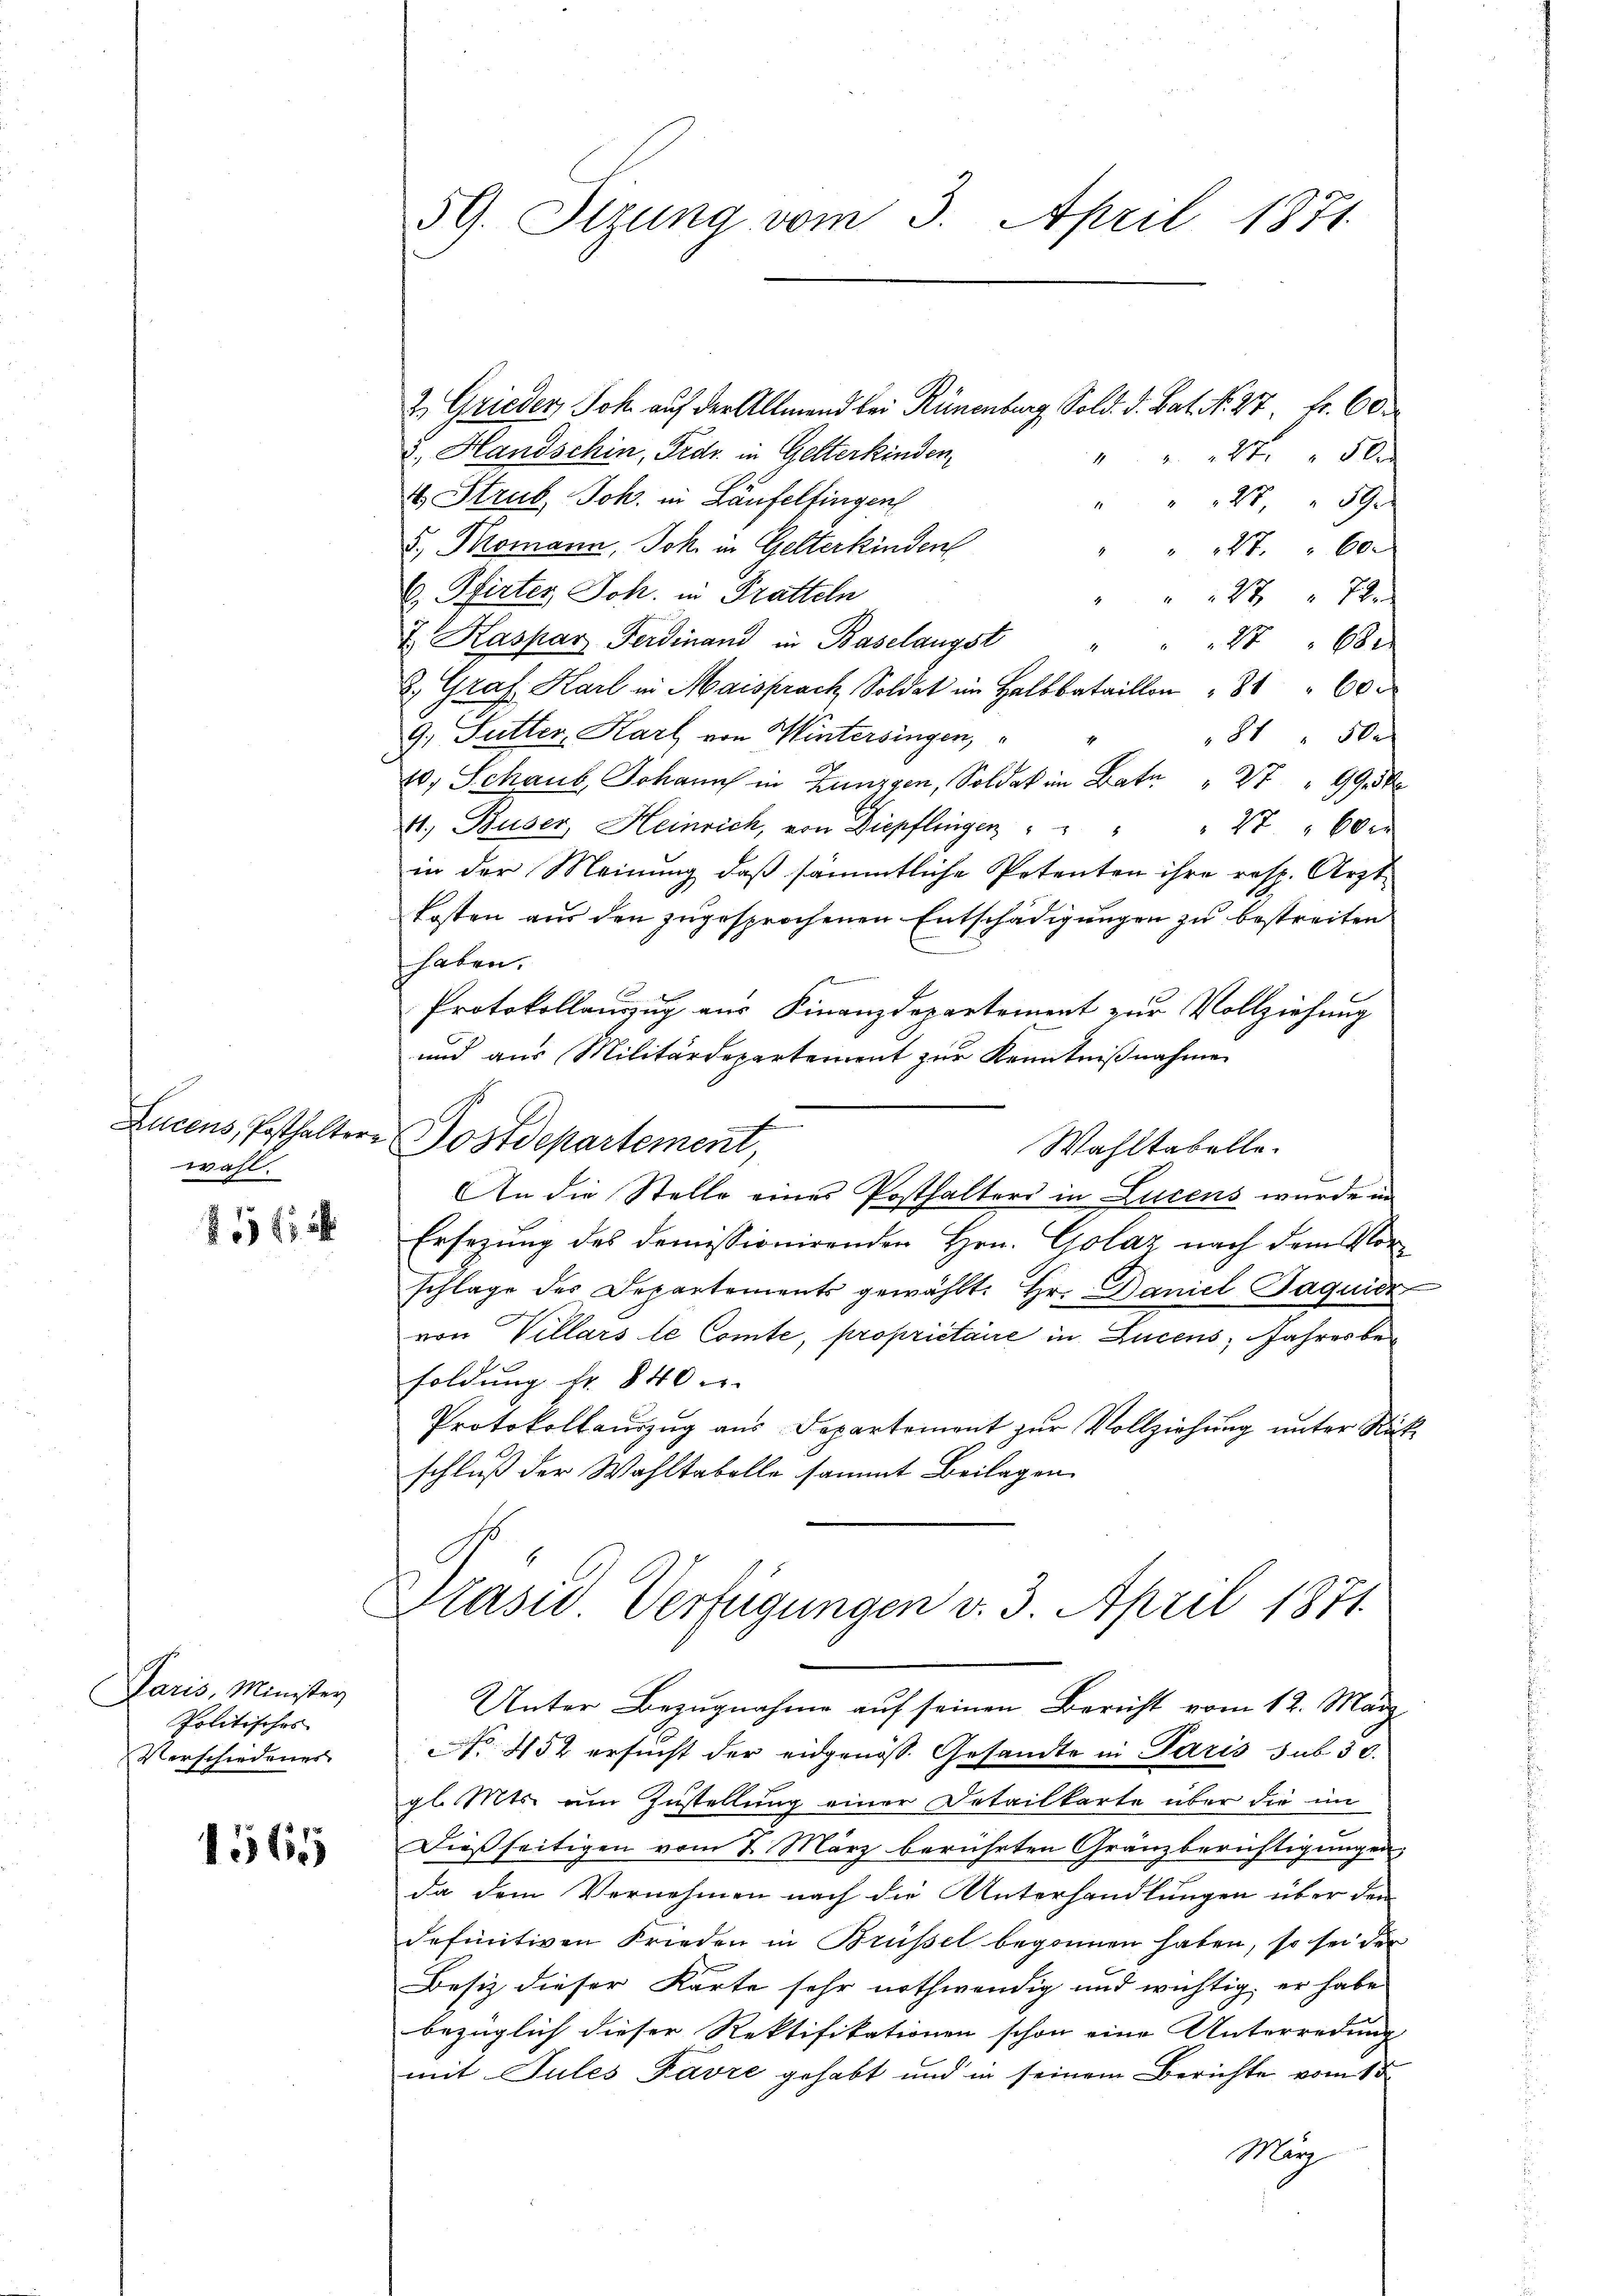
Lucens, Posthalter
wohl.

2171

Paris, Minister
Politisches
Verschiedenes

1565

59. Strung vom 3. April 1871.

Postdepartement,

2. Grieder Joh. auf der Allmend bei Rünenberg, Sold. d. Bat. No. 27 Fr. 60
3., Handschin, Fedr. in Gelterkinden,
2 x 50
4 Strub Joh. in Laufelfingen
" " 27 " 59
8.) Promann, Joh. in Gelterkinden
" " 27. " 60
E. Pfirter, Joh. in Pratteln
22 72
J. Kaspar Ferdinand in Baselangst
 680
2. Graf Karl in Maisprach Sold im Halbbataillon " " 60
9.) Futter Karl von Wintersingen, " "
81 " 50
10, Schaub, Johann in Zungen, Sold in Bede
41, Buser, Heinrich, von Diepflingen " " " " 27 "60 x
in der Meinung, daß sämmtliche Petenten ihre resp. Arzt-
kosten aus den zugesprochenen Entschädigungen zu bestreiten
haben.
Protokollauszug aus Finanzdepartement zur Vollziehung
und aus Militärdepartement zur Kenntnißnahme
Wahltabelle.
An die Stelle eines Posthalters in Lucens wurde in
Ersezung des demissionirenden Hrn. Golaz nach dem Vorschlage des Departements gewählt: Hr. Daniel Jaquick
von Villars le Comte, propriétaire in Lucens, Jahres besoldŭng fr. 840
Protokollauszug aus Departement zur Vollziehung unter Sitz
schluß der Wahltabelle sammt Beilagen
rasid Verfügungen v. 3. April 1871.
Unter Bezugnahme auf seinen Bericht vom 12. März.
NNo. 452 ersucht der eidgenöß. Gesandte in Paris sub 30.
gl. Mts. um Zustellung einer Detailkarte über die im
Dießseitigen vom 7. März berührten Gränzberuftigungen
da dem Vernehmen nach die Unterhandlungen über den
definitiven Frieden in Brüssel begonnen haben, so sei der
Besiz dieser Karte sehr nothwendig und wichtig er habe
bezüglich dieser Rektifikationen schon eine Unterredung
mit Sules Favre gehabt und in seinem Berichte vom 15.
Mar